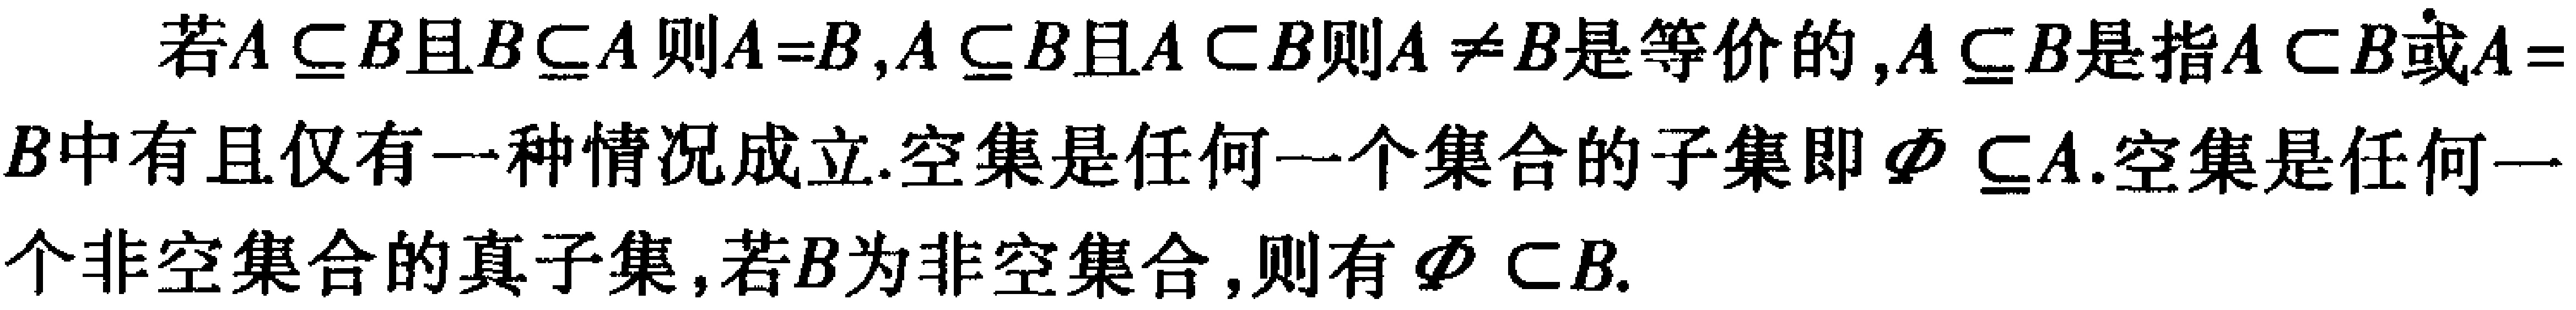
若\(A \subseteq B\)且\(B \subseteq A\)则\(A = B\)，\(A \subseteq B\)且\(A \subset B\)则\(A \neq B\)是等价的，\(A \subseteq B\)是指\(A \subset B\)或\(A = B\)中有且仅有 - 一种情况成立.空集是任何一个集合的子集即\(\varnothing \subseteq A\).空集是任何一个非空集合的真子集，若\(B\)为非空集合，则有\(\varnothing \subset B\).